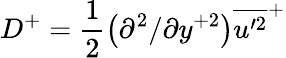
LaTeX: D^{+}=\frac{1}{2}\left(\partial^{2}/\partial y^{+2}\right)\overline{{u^{\prime 2}}}^{+}